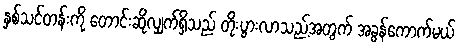
နှစ်သင်တန်းကို တောင်းဆိုလျှက်ရှိသည် တိုးပွားလာသည့်အတွက် အခွန်ကောက်မယ်